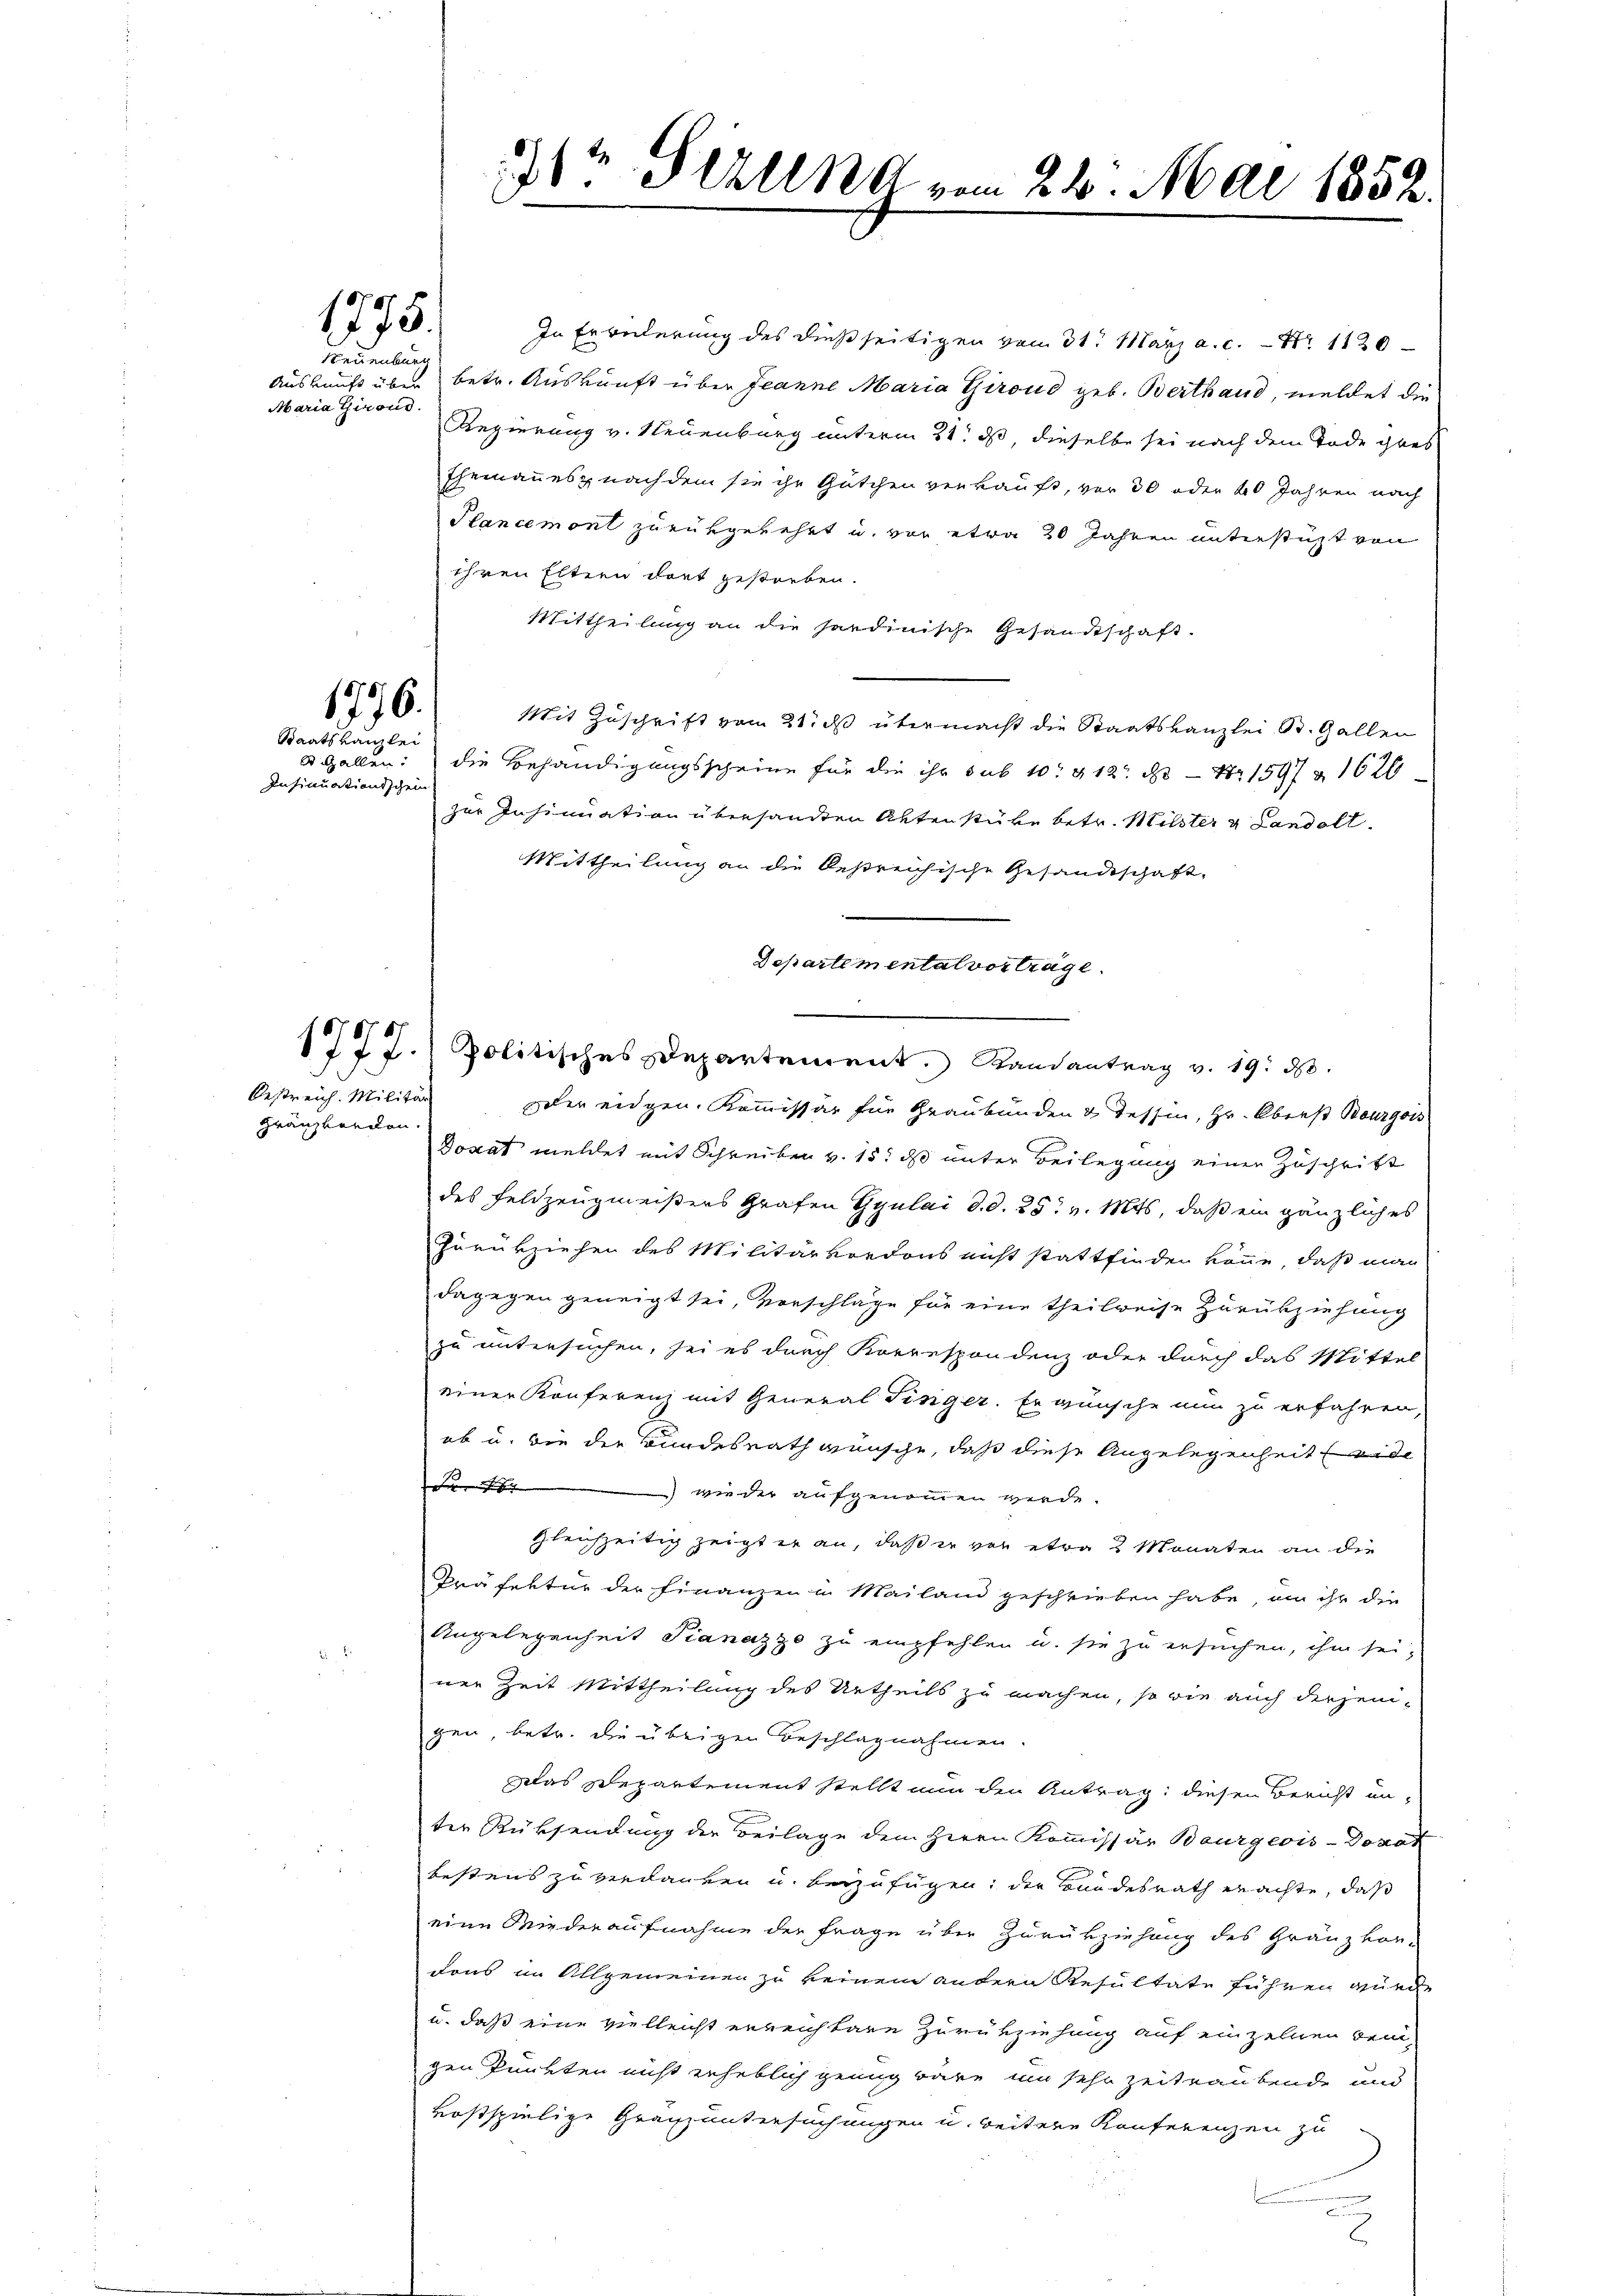
Auskunft über
Maria Girond

1775.
Neuenburg

1776.
Staatskanzlei

Insinuationsschein

Oestreich. Militär
Gränzvorden.

In Erwerderung des dießseitigen vom 31. März a.c. Nr. 1130
betr. Auskunft über Jeanne Maria Giroud geb. Berthand, meldet die
Regierung v. Neuenburg unterm 21. ds, dieselbe sei nach dem Tode gros
Ehemannes nachdem sie ihr Gütchen verkauft, vor 30 oder 40 Jahren nach
Plancemont zurükgekehrt u. vor etwa 20 Jahren unterstüzt von
ihren Eltern dort gestreben.
Mittheilung an die sardinische Gesandtschaft.
Mit Zuschrift vom 21. ds übermacht die Staatskanzlei St. Gallen
d. Gallen: die Behändigungsscheine für die ihr sub 10t § 12. ds. — Nr 1597 n 1626
zur Insinuation übersandten Aktenstüke betr. Milster & Landolt.
Mittheilung an die Oestreichische Gesandtschaft,
Departemental vorträge.
1777. Politisches Departement. Randantrag v. 19. d.
oder eidgen. Kommissär für Graubünden & dessen, Hr. Oberst Bourgoss
Donat meldet mit Schreiben v. 15. ds unter Beilegung einer Zuschrift
des Feldzeugmeisters Grafen Gyulai d. d. 25t v. Mts, daß ein gänzliches
Zurükziehen des Militärkordons nicht stattfinden könne, daß man
dagegen geneigt sei, vorschläge für eine theilweise Zurükziehung
zu untersuchen, sei es durch Korrespondenz oder durch das Mittel
einer Konferen mit General Tiniger. Er wünsche nun zu erfahren,
ob u. die der Bundesrath wünsche, daß diese Angelegenheit leide
de
 wieder aufgenommen werde.
gleichzeitig zeigt er an, daß er vor etwa 2 Monaten an die
Präfektur der Finanzen u. Mailand geschrieben habe, an ihr die
Angelegenheit Pianazzo zu empfehlen u. sie zu ersuchen, ihm sei,
ner Zeit Mittheilung des Urtheils zu machen, so wie auch derjeni-
gen, betr. die übrigen Beschlagnahmen.
Das Departement stellt nun den Antrag: diesen Bericht un-
ter Rüksendung der Beilage dem Herrn Kommissär Bourgeois-Dorot
bestens zu verdanken u. beizufügen; der Bundesrath erachte, daß
eine Wiederaufnahme der Frage über Zurükziehung des Gränz vor-
fons im Allgemeinen zu keinem andern Resultate führen wurde
u. daß eine vielleicht erreichbare Zurückziehung auf einzelnen Bei-
gen Punkten nicht erheblich genug wäre, um sehr zeitraubende und
kostspielige Gränzuntersuchungen u. weitere Konferenzen zu
e
2

3 Still vom 24. Mai 1852.